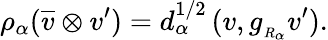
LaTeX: \rho_{\alpha}(\overline{{{v}}}\otimes v^{\prime})=d_{\alpha}^{1/2}\, (v,g_{_{R_{\alpha}}}v^{\prime}).